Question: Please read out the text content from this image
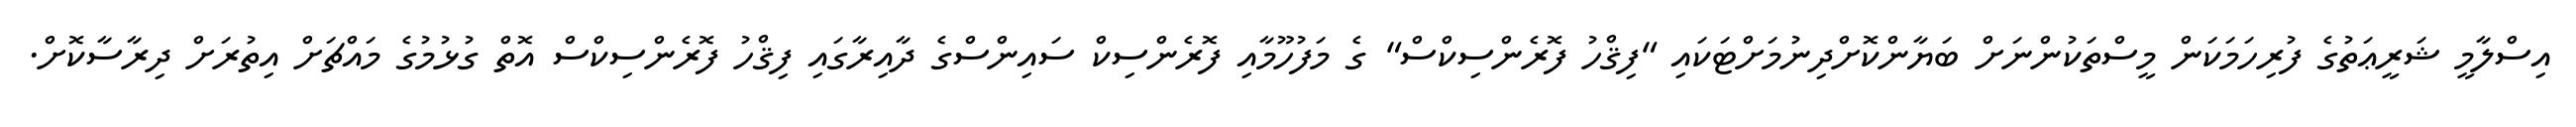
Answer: އިސްލާމީ ޝަރީޢަތުގެ ފުރިހަމަކަން މީސްތަކުންނަށް ބަޔާންކޮށްދިނުމަށްޓަކައި "ފިޤްހު ފޮރެންސިކްސް" ގެ މަފުހޫމާއި ފޮރެންސިކް ސައިންސްގެ ދާއިރާގައި ފިޤްހު ފޮރެންސިކްސް އޮތް ގުޅުމުގެ މައްޗަށް އިތުރަށް ދިރާސާކޮށް.